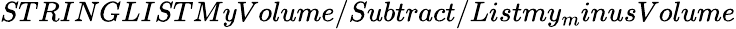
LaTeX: STRINGLISTMyVolume/Subtract/Listmy_{m}inusVolume